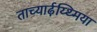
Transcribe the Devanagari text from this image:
ताच्यार्ढ़य्थ्मिया